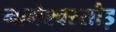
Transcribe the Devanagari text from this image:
नागेश्वरसौड़